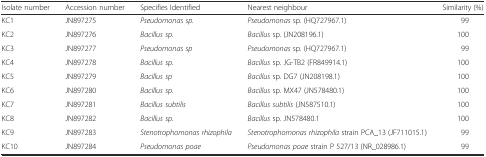
| Isolate number | Accession number | Specifies Identified | Nearest neighbour | Similarity (%) |
 | --- | --- | --- | --- | --- |
 | KC1 | JN897275 | Pseudomonas sp. | Pseudomonas sp. (HQ727967.1) | 99 |
 | KC2 | JN897276 | Bacillus sp. | Bacillus sp. (JN208196.1) | 100 |
 | KC3 | JN897277 | Pseudomonas sp | Pseudomonas sp. (HQ727967.1) | 99 |
 | KC4 | JN897278 | Bacillus sp. | Bacillus sp. JG-TB2 (FR849914.1) | 100 |
 | KC5 | JN897279 | Bacillus sp | Bacillus sp. DG7 (JN208198.1) | 100 |
 | KC6 | JN897280 | Bacillus sp. | Bacillus sp. MX47 (JN578480.1) | 100 |
 | KC7 | JN897281 | Bacillus subtilis | Bacillus subtilis (JN587510.1) | 100 |
 | KC8 | JN897282 | Bacillus sp. | Bacillus sp. JN578480.1 | 100 |
 | KC9 | JN897283 | Stenotrophomonas rhizophila | Stenotrophomonas rhizophila strain PCA_13 (JF711015.1) | 99 |
 | KC10 | JN897284 | Pseudomonas poae | Pseudomonas poae strain P 527/13 (NR_028986.1) | 99 |